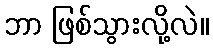
ဘာ ဖြစ်သွားလို့လဲ။